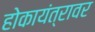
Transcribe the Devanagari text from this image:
होकायंत्रावर